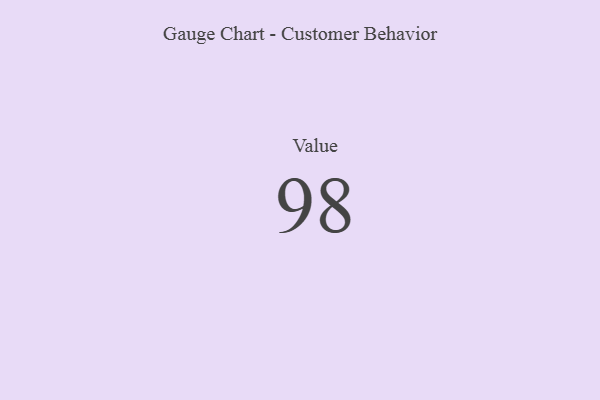
{"axis": {"x": "Metric", "y": "Value"}, "legend": [""], "data": [{"x": "Value", "y": 98, "type": ""}]}